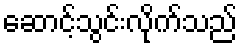
ဆောင့်သွင်းလိုက်သည်